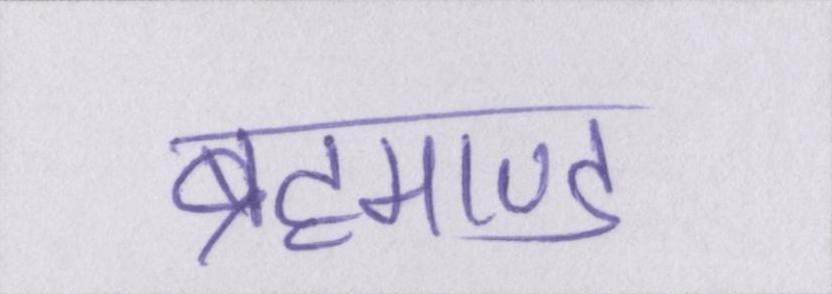
ब्रह्माण्ड